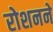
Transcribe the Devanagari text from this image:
रोशनने